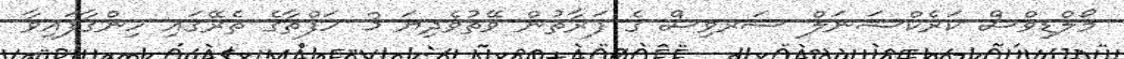
މޯލްޑިވްސް ކަރެކްޝަނަލް ސަރވިސް ގެ ފަރާތުން ވޭތުވެދިޔަ 3 ހަފްތާގެ ތެރޭގައި ހިންގާފައިވާ